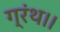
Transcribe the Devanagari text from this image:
ग्रंथ।।